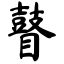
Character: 瞽